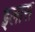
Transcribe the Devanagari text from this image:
इलास